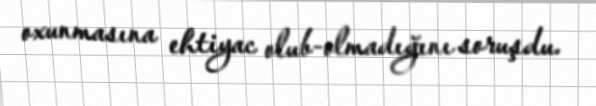
oxunmasına ehtiyac olub-olmadığını soruşdu.